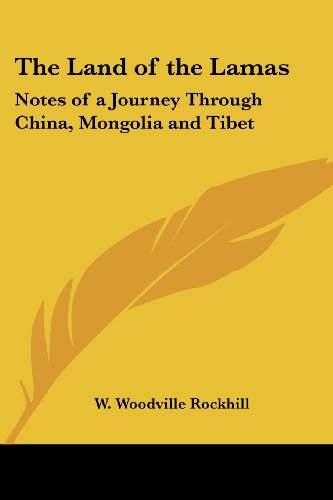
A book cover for The Land of the Lamas: Notes of a Journey Through China, Mongolia and Tibet; W. Woodville Rockhill; Travel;